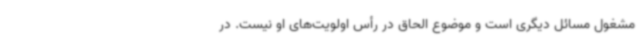
مشغول مسائل دیگری است و موضوع الحاق در رأس اولویت‌های او نیست. در